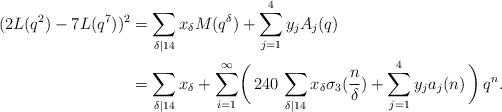
LaTeX: \begin{align*}( 2 L(q^{2}) - 7 L(q^{7}) )^{2} & = \sum_{\delta|14}x_{\delta}M(q^{\delta}) + \sum_{j=1}^{4}y_{j}A_{j}(q) \\ & = \sum_{\delta|14}x_{\delta} + \sum_{i=1}^{\infty}\biggl(\,240\,\sum_{\delta|14}x_{\delta} \sigma_{3}(\frac{n}{\delta}) + \sum_{j=1}^{4}y_{j}a_{j}(n)\,\biggr)\,q^{n}. \end{align*}